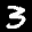
Label: 3